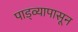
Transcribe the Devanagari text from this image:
पाड्व्यापासून